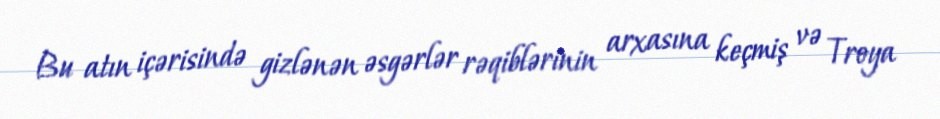
Bu atın içərisində gizlənən əsgərlər rəqiblərinin arxasına keçmiş və Troya